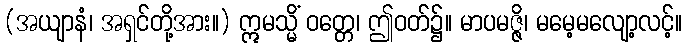
(အယျာနံ၊ အရှင်တို့အား။) ဣမသ္မိံ ဝတ္တေ၊ ဤဝတ်၌။ မာပမဇ္ဇိ၊ မမေ့မလျော့လင့်။